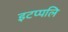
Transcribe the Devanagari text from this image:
इटप्पलि